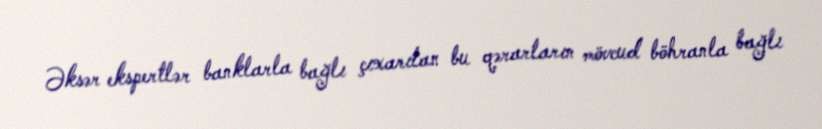
Əksər ekspertlər banklarla bağlı çıxarılan bu qərarların mövcud böhranla bağlı